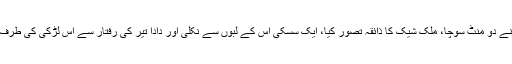
دادا نے دو منٹ سوچا، ملک شیک کا ذائقہ تصور کیا، ایک سسکی اس کے لبوں سے نکلی اور دادا تیر کی رفتار سے اس لڑکی کی طرف گیا۔